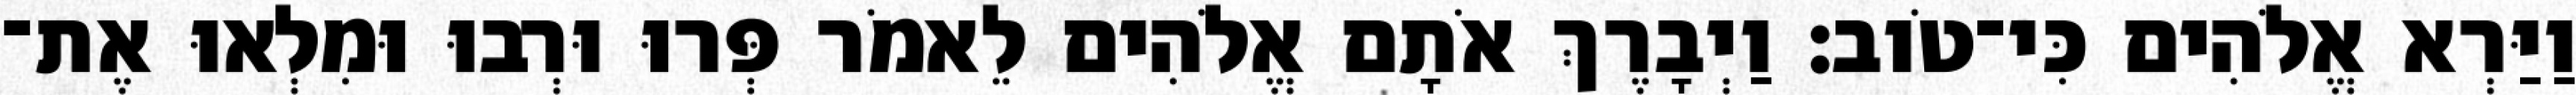
וַיַּרְא אֱלֹהִים כִּי־טֹוב׃ וַיְבָרֶךְ אֹתָם אֱלֹהִים לֵאמֹר פְּרוּ וּרְבוּ וּמִלְאוּ אֶת־